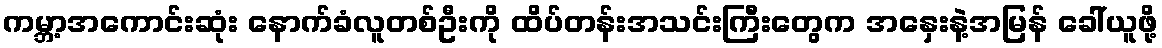
ကမ္ဘာ့အကောင်းဆုံး နောက်ခံလူတစ်ဦးကို ထိပ်တန်းအသင်းကြီးတွေက အနှေးနဲ့အမြန် ခေါ်ယူဖို့